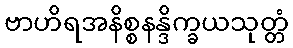
ဗာဟိရအနိစ္စနန္ဒိက္ခယသုတ္တံ